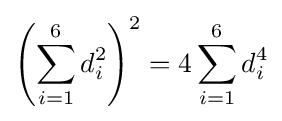
\left(\sum _{i=1}^{6}d_{i}^{2}\right)^{2}=4\sum _{i=1}^{6}d_{i}^{4}